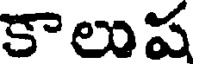
కాలుష